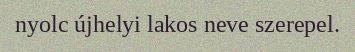
nyolc újhelyi lakos neve szerepel.